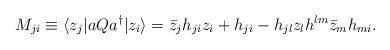
LaTeX: \begin{align*}M_{ji}\equiv \langle z_{j}|aQa^{\dagger}| z_{i}\rangle=\bar{z}_{j}h_{ji}z_{i}+h_{ji}-h_{jl}z_{l}h^{lm}\bar{z}_{m}h_{mi}.\end{align*}